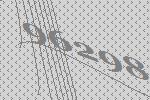
96298